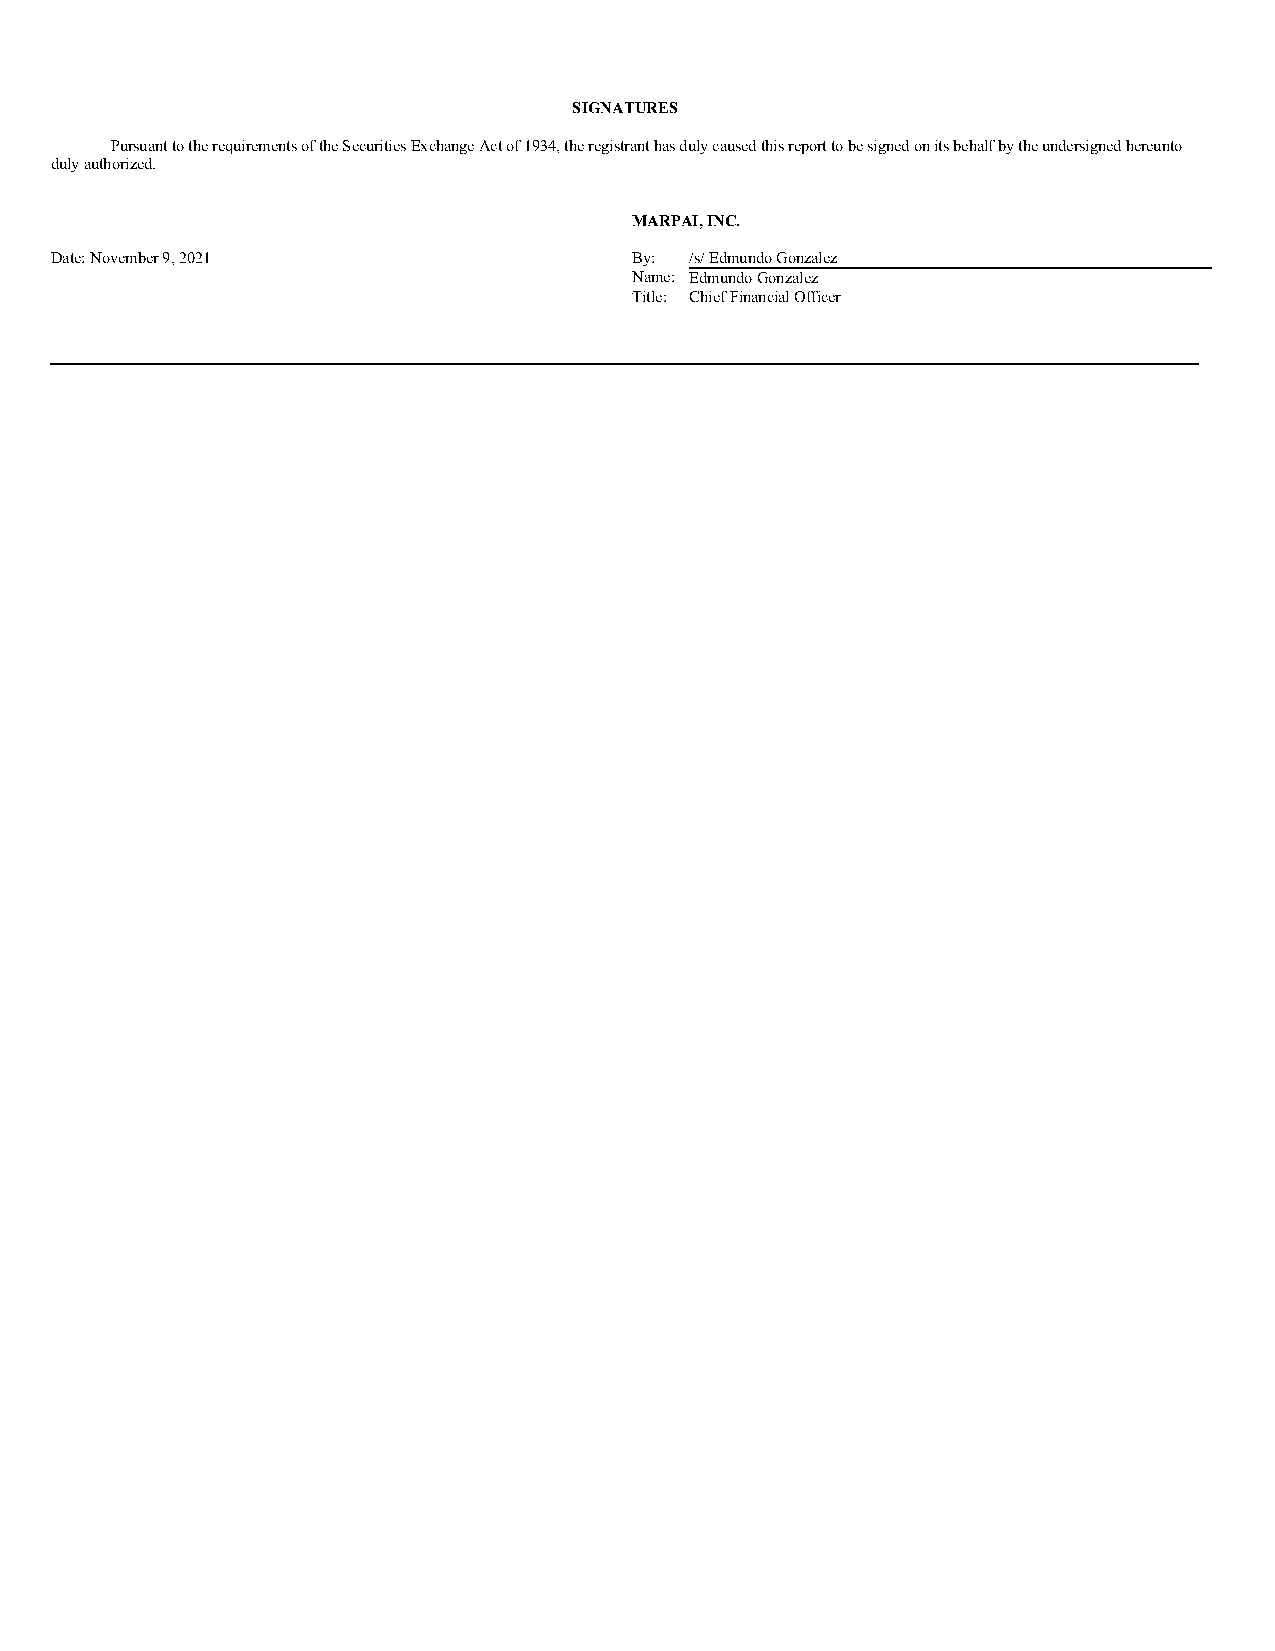
SIGNATURES
 Pursuant to the requirements of the Securities Exchange Act of 1934, the registrant has duly caused this report to be signed on its behalf by the undersigned hereunto
 duly authorized.
 MARPAI, INC.
 Date: November 9, 2021                 By: /s/ Edmundo Gonzalez
 Name: Edmundo Gonzalez
 Title: Chief Financial Officer